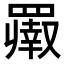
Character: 𬙨